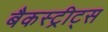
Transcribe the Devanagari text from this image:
बैकस्ट्रीट्स